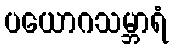
ပယောဂသမ္ဘာရံ